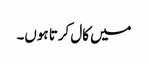
میں کال کرتا ہوں۔